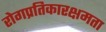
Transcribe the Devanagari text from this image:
रोगप्रतिकारक्षमता